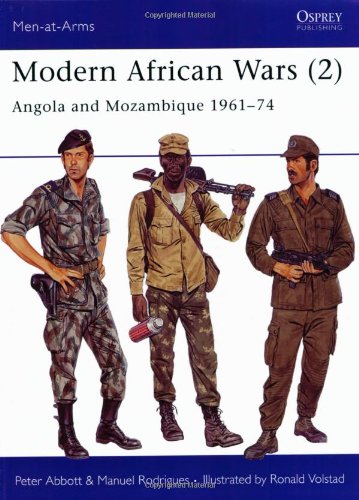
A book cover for Modern African Wars (2) : Angola and Mozambique 1961-74 (Men-At-Arms Series, 202); Peter Abbott; History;